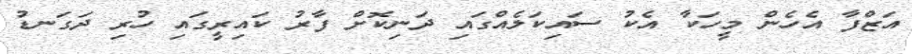
އަޒްފާ އެހެން މީހަކާ އެކު ސައިކަލެއްގައި ދަނިކޮށް ފާރު ކައިރީގައި ހުރި ދަގަނޑު